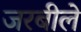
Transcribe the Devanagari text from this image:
जरबीले